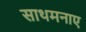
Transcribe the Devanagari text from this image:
साथमनाए